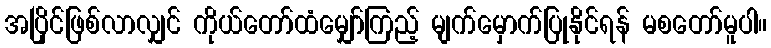
အပြိုင်ဖြစ်လာလျှင် ကိုယ်တော်ထံမျှော်ကြည့် မျက်မှောက်ပြုနိုင်ရန် မစတော်မူပါ။